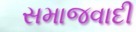
સમાજવાદી